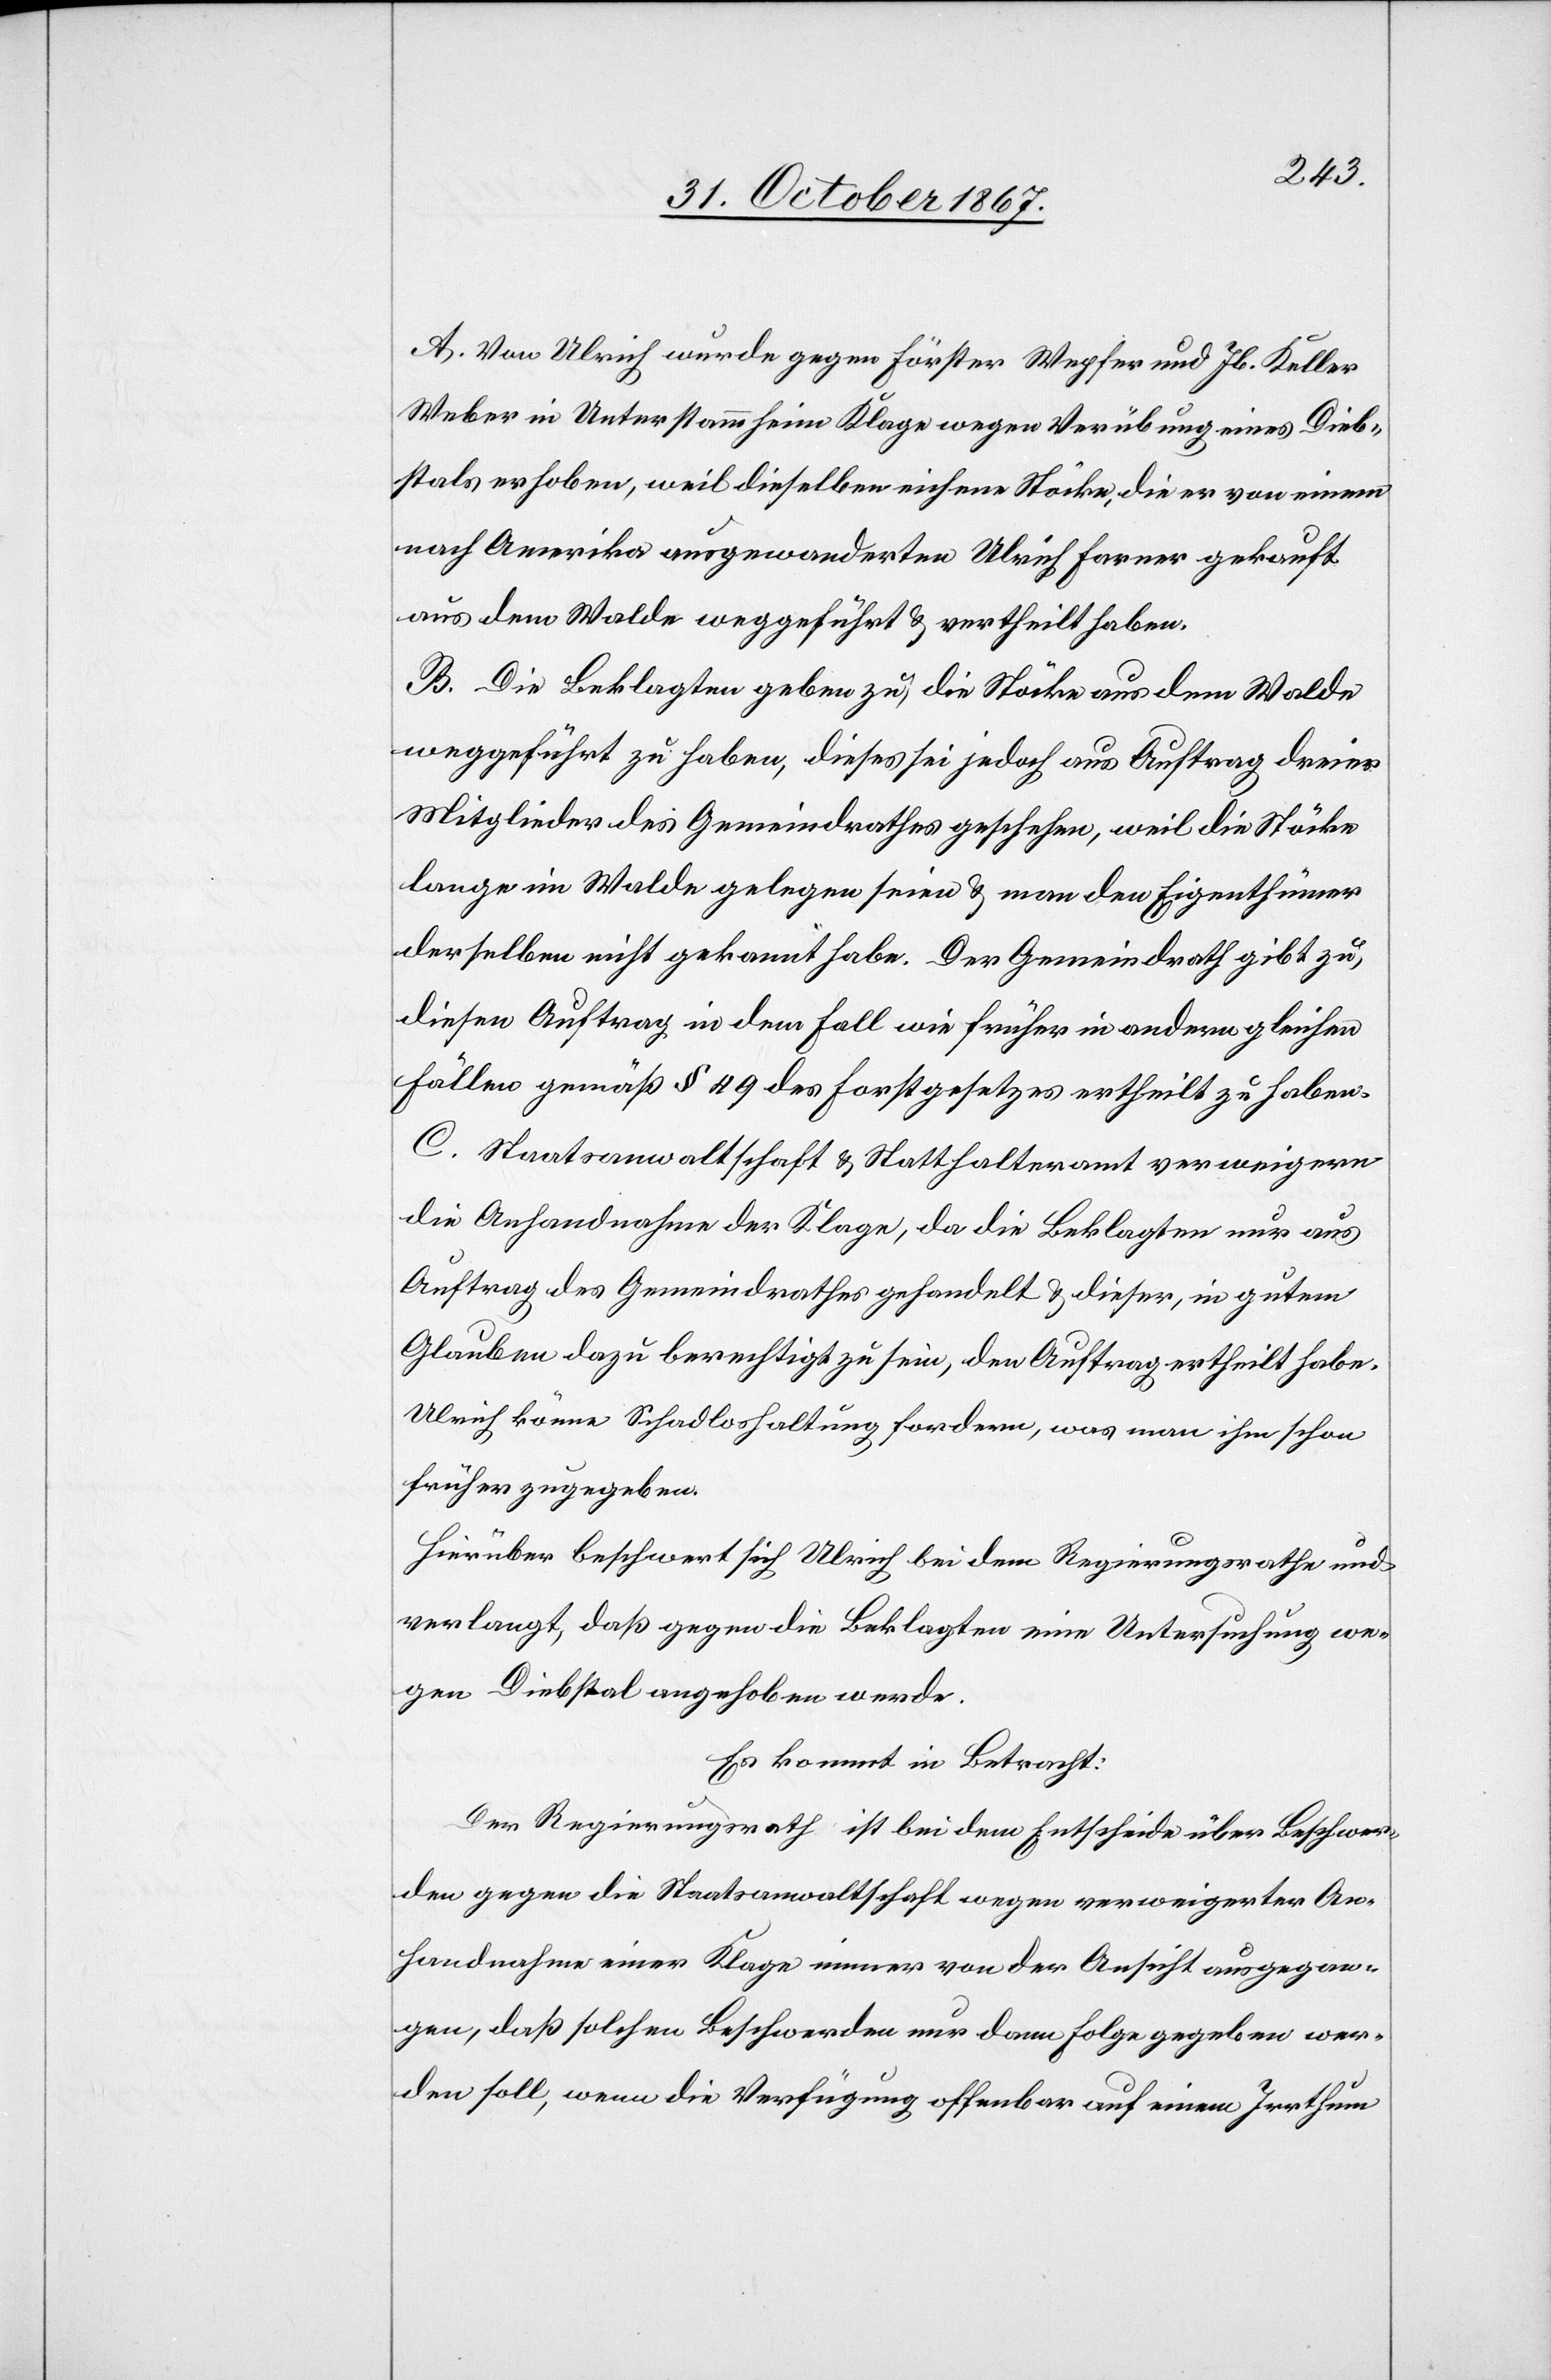
A. Von Ulrich wurde gegen Förster Wepfer und Jb. Keller
Weber in Unterstammheim Klage wegen Verübung eines Dieb¬
stals erhoben, weil dieselben eichene Stöcke, die er von einem
nach Amerika ausgewanderten Ulrich Forer gekauft
aus dem Walde weggeführt u. vertheilt haben.
B. Die Beklagten geben zu, die Stöcke aus dem Walde
weggeführt zu haben, dieses sei jedoch aus Auftrag dreier
Mitglieder des Gemeindrathes geschehen, weil die Stöcke
lange im Walde gelegen seien u. man den Eigenthümer
derselben nicht gekannt habe. Der Gemeindrath gibt zu,
diesen Auftrag in dem Fall wie früher in andern gleichen
Fällen gemäß § 49 des Forstgesetzes ertheilt zu haben.
C. Staatsanwaltschaft u. Statthalteramt verweigern
die Anhandnahme der Klage, da die Beklagten nur aus
Auftrag des Gemeindrathes gehandelt u. dieser, in gutem
Glauben dazu berechtigt zu sein, den Auftrag ertheilt habe.
Ulrich könne Schadloshaltung fordern, was man ihm schon
früher zugegeben.
Hierüber beschwert sich Ulrich bei dem Regierungsrathe und
verlangt, daß gegen die Beklagten eine Untersuchung we¬
gen Diebstal angehoben werde.
Es kommt in Betracht:
Der Regierungsrath ist bei dem Entscheide über Beschwer¬
den gegen die Staatsanwaltschaft wegen verweigerter An¬
handnahme einer Klage immer von der Ansicht ausgegan¬
gen, daß solchen Beschwerden nur dann Folge gegeben wer¬
den soll, wenn die Verfügung offenbar auf einem Irrthum